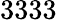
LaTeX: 3333